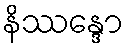
နိဿန္ဒော